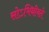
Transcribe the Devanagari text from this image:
सोऽभिधीयते